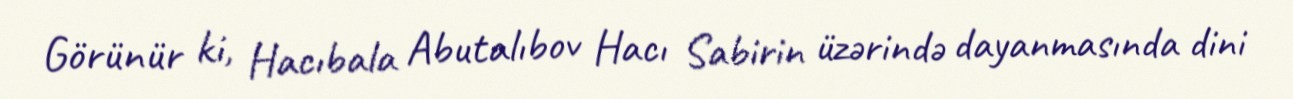
Görünür ki, Hacıbala Abutalıbov Hacı Sabirin üzərində dayanmasında dini